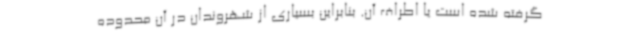
گرفته شده است یا اطراف آن. بنابراین بسیاری از شهروندان در آن محدوده